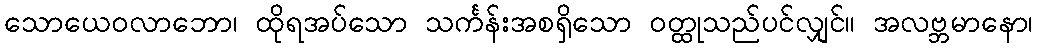
သောယေဝလာဘော၊ ထိုရအပ်သော သင်္ကန်းအစရှိသော ဝတ္ထုသည်ပင်လျှင်။ အလဗ္ဘမာနော၊